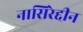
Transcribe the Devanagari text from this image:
नासिरेद्दीन